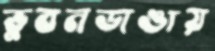
ভুবনডাঙায়